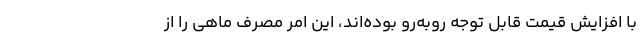
با افزایش قیمت قابل توجه روبه‌رو بوده‌اند، این امر مصرف ماهی را از